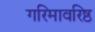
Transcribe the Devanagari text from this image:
गरिमावरिष्ठ